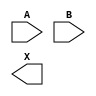
module sky130_fd_sc_hdll__xor2 (
    //# {{data|Data Signals}}
    input  A,
    input  B,
    output X
);

    // Voltage supply signals
    supply1 VPWR;
    supply0 VGND;
    supply1 VPB ;
    supply0 VNB ;

endmodule